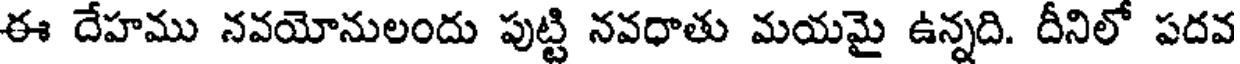
ఈ దేహము నవయోనులందు పుట్టి నవధాతు మయమై ఉన్నది. దీనిలో పదవ